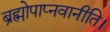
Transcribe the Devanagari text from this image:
ब्रह्मोपाप्नवानीति।